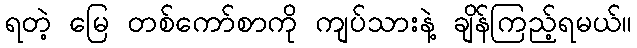
ရတဲ့ မြေ တစ်ကော်စာကို ကျပ်သားနဲ့ ချိန်ကြည့်ရမယ်။